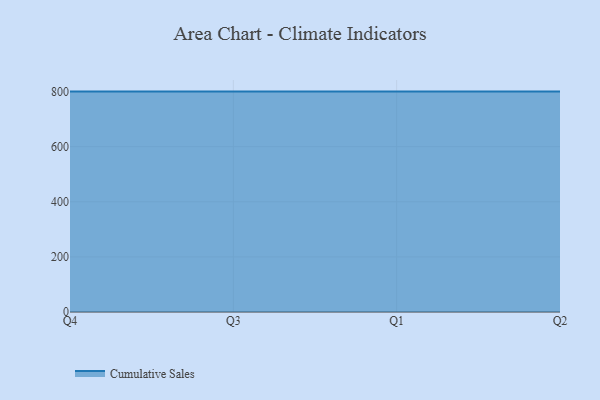
{"axis": {"x": "Quarter", "y": "Temperature (°C)"}, "legend": ["Cumulative Sales"], "data": [{"x": "Q4", "y": 800, "type": "Cumulative Sales"}, {"x": "Q3", "y": 800, "type": "Cumulative Sales"}, {"x": "Q1", "y": 800, "type": "Cumulative Sales"}, {"x": "Q2", "y": 800, "type": "Cumulative Sales"}]}